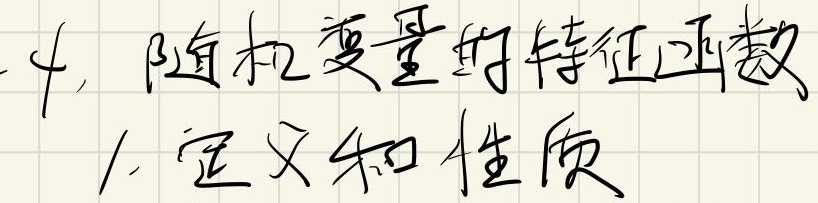
4. 随机变量的特征函数
1. 定义和性质